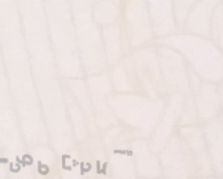
أحدث موديلات الهواتف الذك